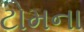
ટોમના